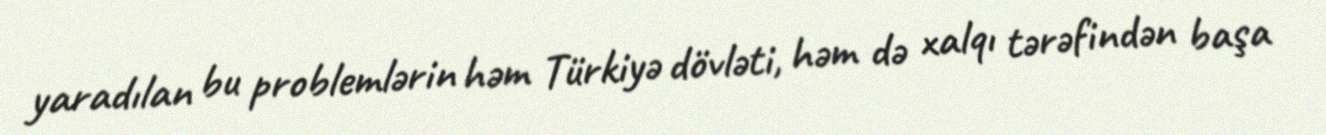
yaradılan bu problemlərin həm Türkiyə dövləti, həm də xalqı tərəfindən başa